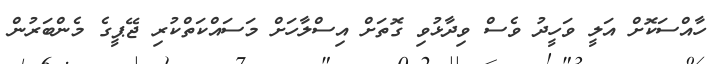
ހާއްސަކޮށް އަލީ ވަހީދު ވެސް ވިދާޅުވި ގޮތަށް އިސްލާހަށް މަސައްކަތްކުރި ޖޭޕީގެ މެންބަރުން